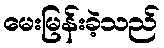
မေးမြန်းခဲ့သည်